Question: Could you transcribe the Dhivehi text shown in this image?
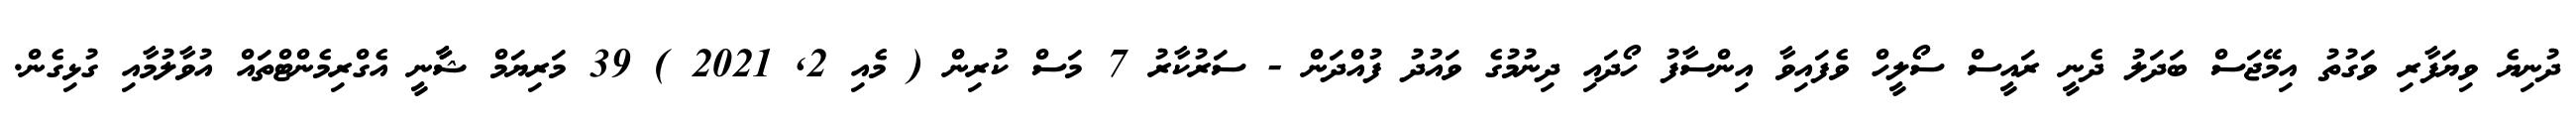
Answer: ދުނިޔެ ވިޔަފާރި ވަގުތު އިމޭޖަސް ބަދަލު ދެނީ ރައީސް ސޯލީހް ވެފައިވާ އިންސާފު ހޯދައި ދިނުމުގެ ވައުދު ފުއްދަން - ސަރުކާރު 7 މަސް ކުރިން ( މެއި 2, 2021 ) 39 މަރިޔަމް ޝާާނީ އެގްރިމެންޓްތައް އުވާލުމާއި ގުޅިގެން.